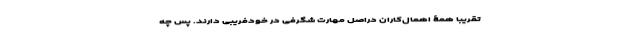
تقریباً همۀ اهمال‌کاران دراصل مهارت شگرفی در خودفریبی دارند. پس چه